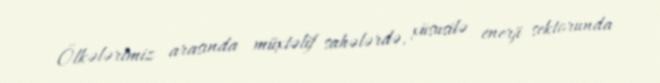
Ölkələrimiz arasında müxtəlif sahələrdə, xüsusilə enerji sektorunda